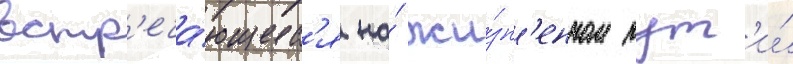
встр'еча́ющиес'я на́ жи́зн'енном пут'и́